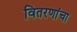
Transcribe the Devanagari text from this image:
वितरणांचा